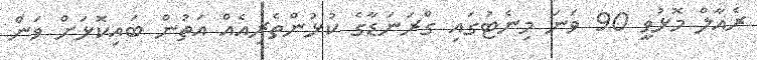
ރެއާލް މޮޅުވީ 90 ވަނަ މިނެޓުގައި ގްރަނަޑާގެ ކުޅުންތެރިއެއް އަތުން ބައިކޮޅަށް ވަން